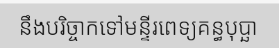
នឹងបរិច្ចាកទៅមន្ទីរពេទ្យគន្ធបុប្ឆា